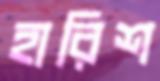
হারিশ